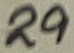
Text: 29